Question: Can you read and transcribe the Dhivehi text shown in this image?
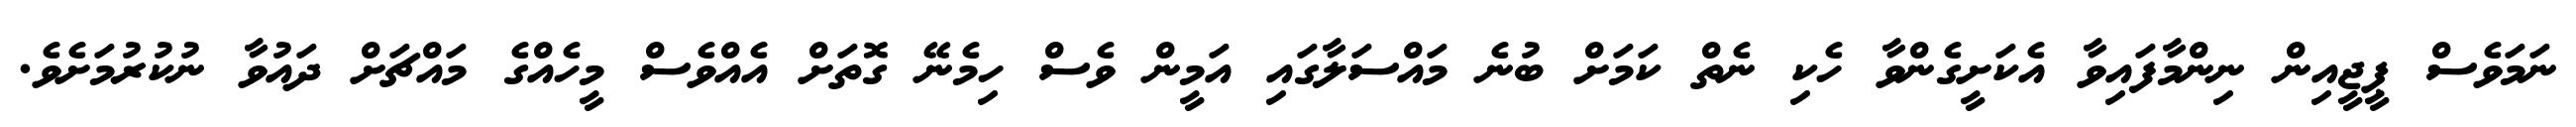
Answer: ނަމަވެސް ޕީޖީއިން ނިންމާފައިވާ އެކަށީގެންވާ ހެކި ނެތް ކަމަށް ބުނެ މައްސަލާގައި އަމީން ވެސް ހިމެނޭ ގޮތަށް އެއްވެސް މީހެއްގެ މައްޗަށް ދައުވާ ނުކުރުމަށެވެ.